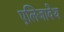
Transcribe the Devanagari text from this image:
एलिजावेथ